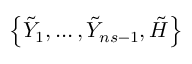
\left\{ \tilde { Y } _ { 1 } , \ldots , \tilde { Y } _ { n s - 1 } , \tilde { H } \right\}